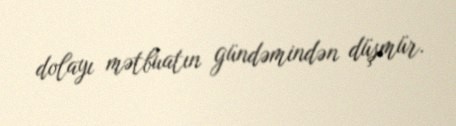
dolayı mətbuatın gündəmindən düşmür.